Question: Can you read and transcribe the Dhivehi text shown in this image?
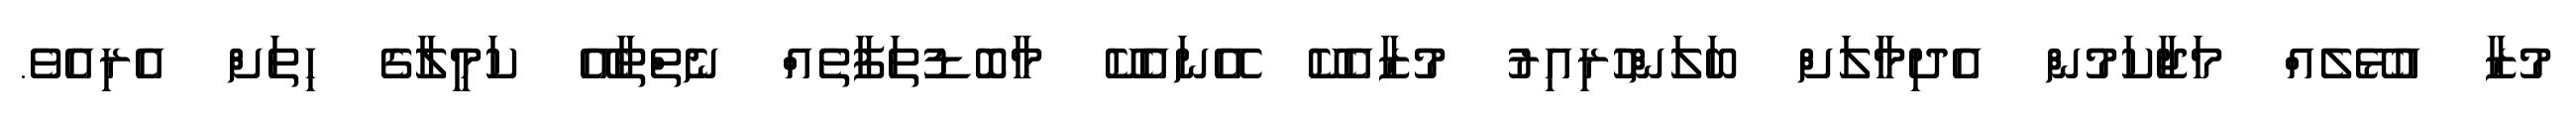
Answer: މުޒާ އުޅޭލެއް މަޖާކަމުން އެދިމާލަށް ބަލަންހުރިއިރު މުޒާއެކޭ އޭނައެކޭ މާބޮޑުތަފާތެއް ނެތްތާއޭ ކަމީލާގެ ހިތަށް އެރިއެވެ.